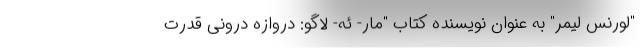
"لورنس لیمر" به عنوان نویسنده کتاب "مار- ئه- لاگو: دروازه درونی قدرت